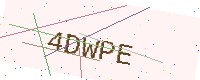
Text: 4DWPE